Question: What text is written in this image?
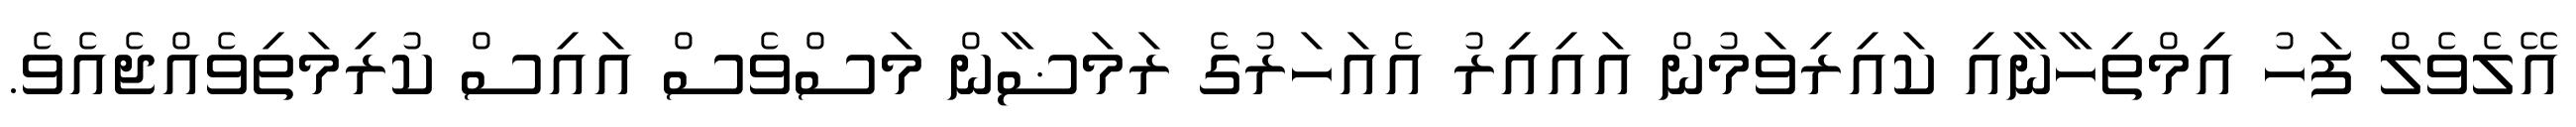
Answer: އޭލެވެލް ފަހު އިމްތިހާނާއި ކައިރިވަމުން އައިއިރު އެއަހަރުގެ ރަމަޟާން މަސްވެސް އައިސް ކުރިމަތިވެއްޖެއެވެ.